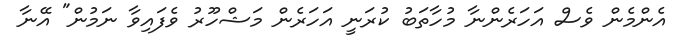
އެންމެން ވެސް އަހަރެންނާ މުހާތަބު ކުރަނީ އަހަރެން މަޝްހޫރު ވެފައިވާ ނަމުން" އޭނާ